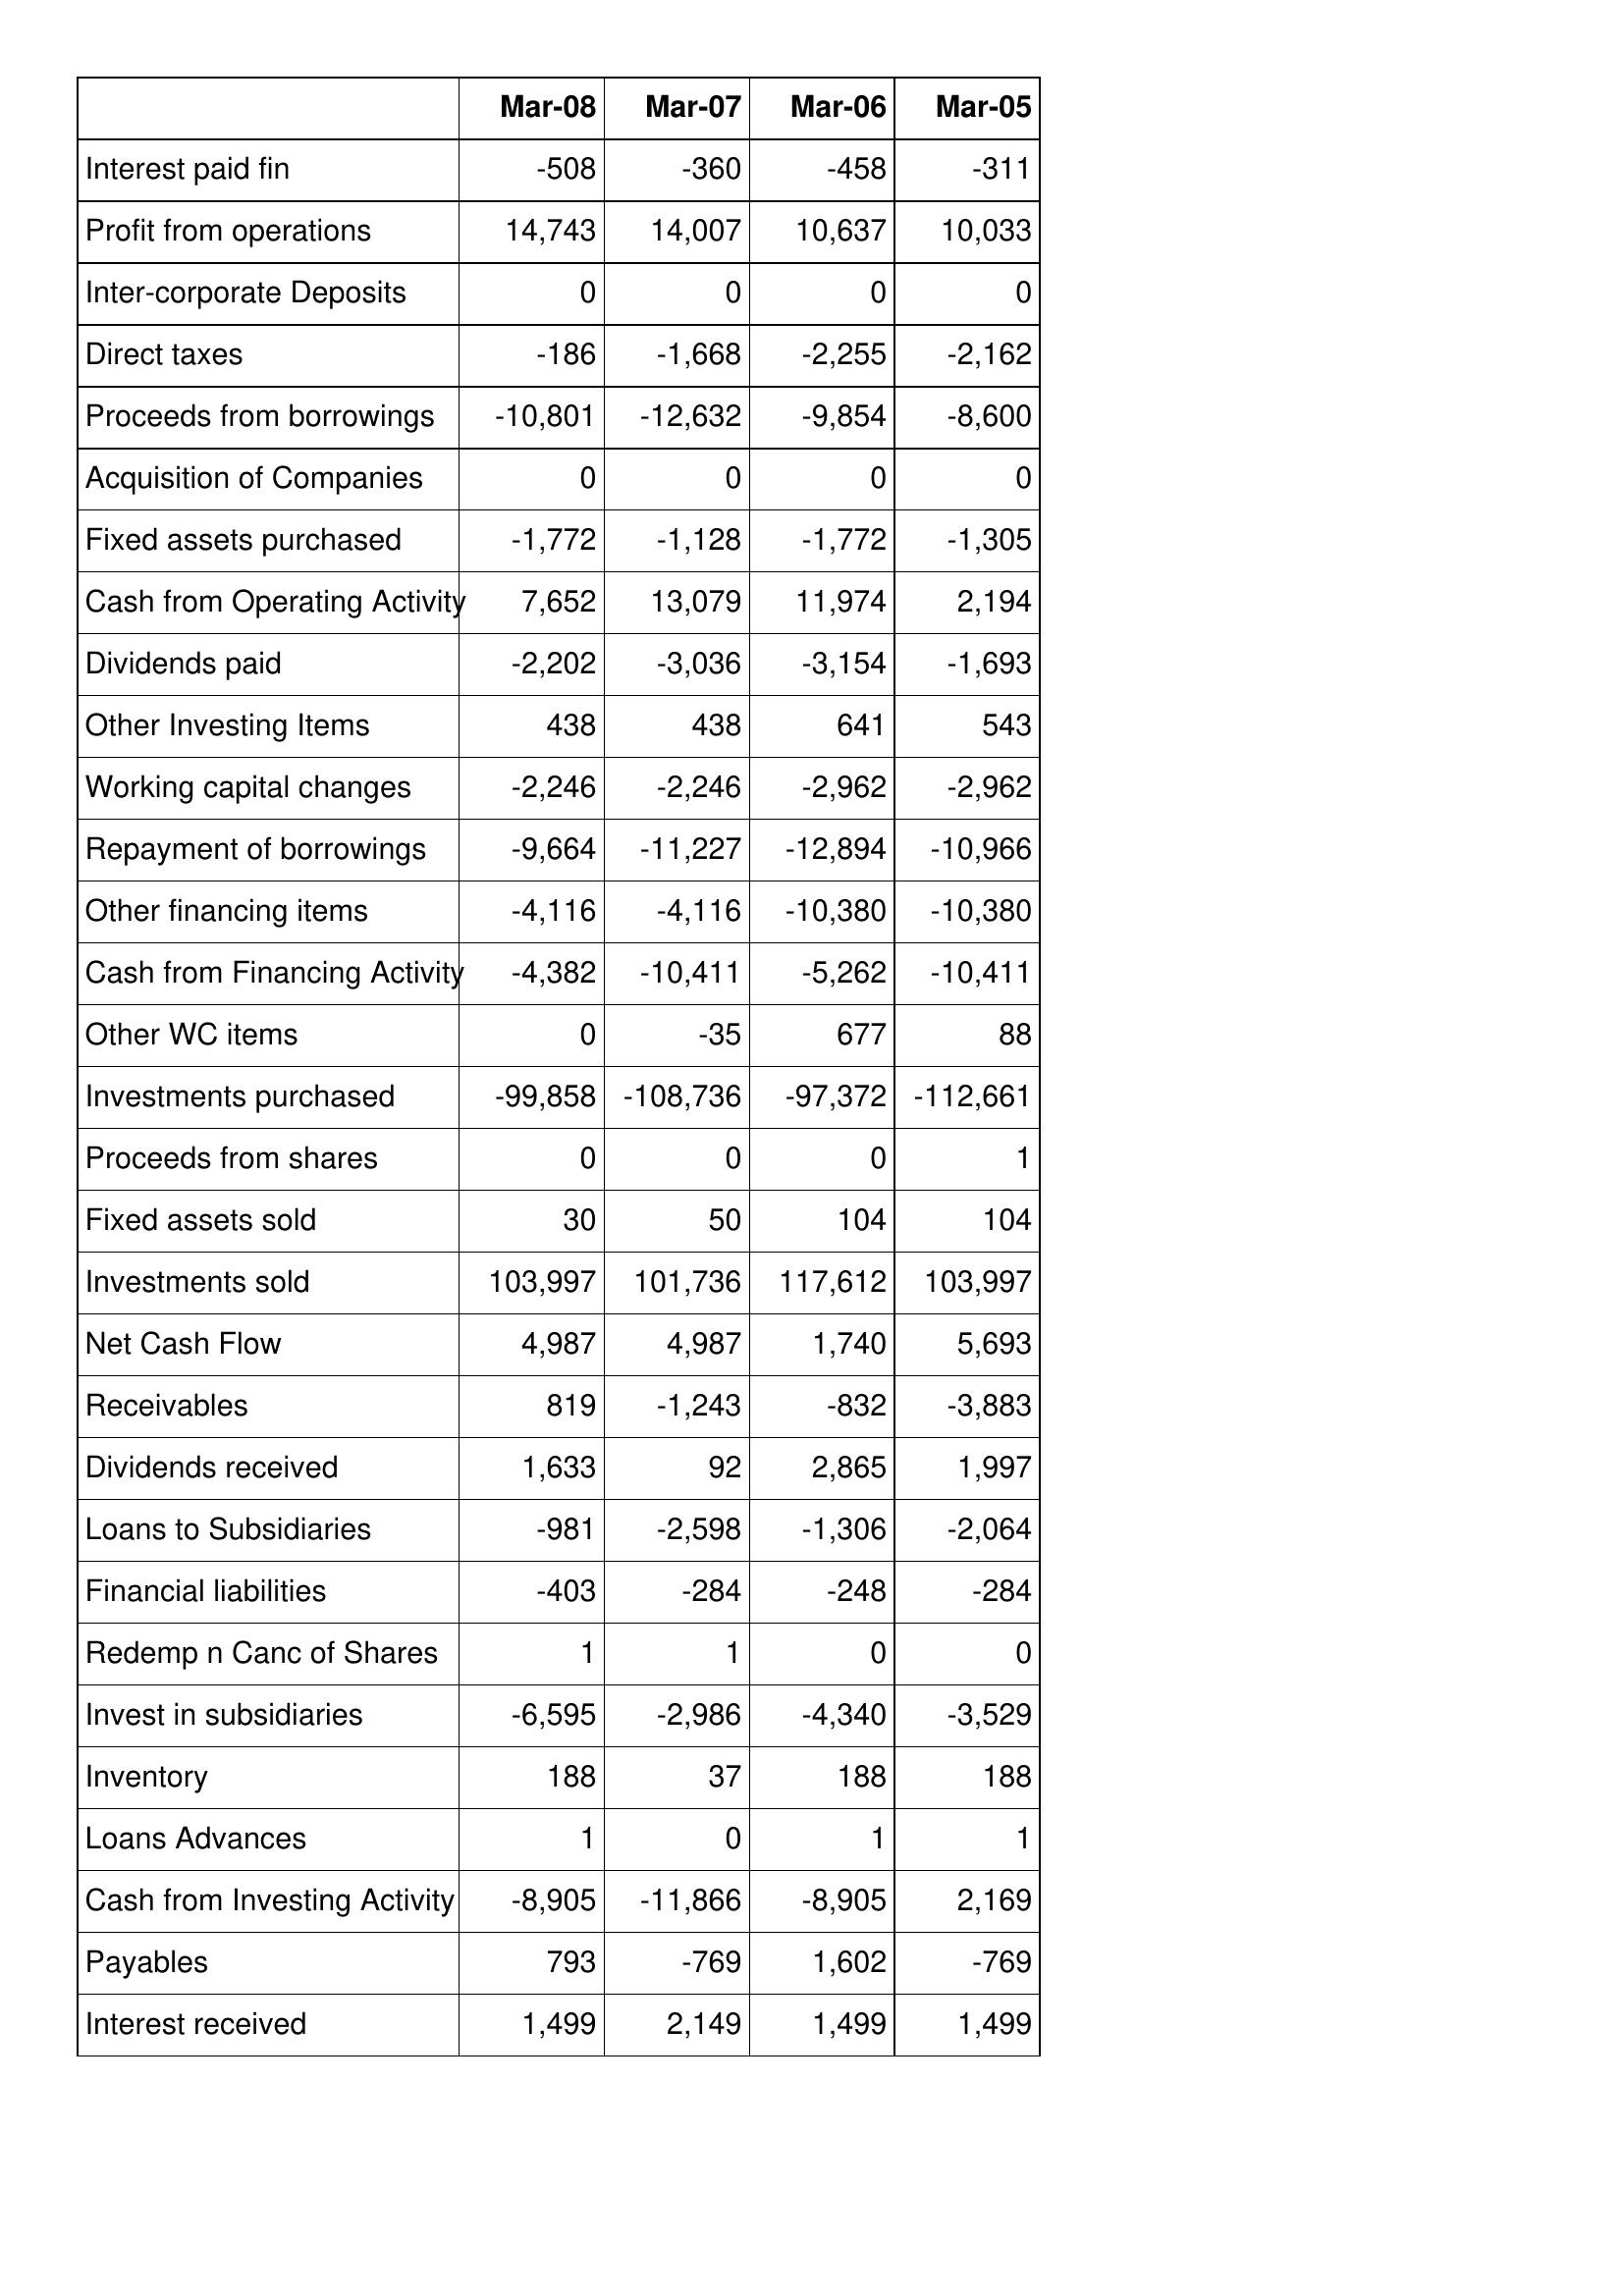
Mar-08: Cash Flows: Interest paid fin: -508
Profit from operations: 14,743
Inter-corporate Deposits: 0
Direct taxes: -186
Proceeds from borrowings: -10,801
Acquisition of Companies: 0
Fixed assets purchased: -1,772
Cash from Operating Activity: 7,652
Dividends paid: -2,202
Other Investing Items: 438
Working capital changes: -2,246
Repayment of borrowings: -9,664
Other financing items: -4,116
Cash from Financing Activity: -4,382
Other WC items: 0
Investments purchased: -99,858
Proceeds from shares: 0
Fixed assets sold: 30
Investments sold: 103,997
Net Cash Flow: 4,987
Receivables: 819
Dividends received: 1,633
Loans to Subsidiaries: -981
Financial liabilities: -403
Redemp n Canc of Shares: 1
Invest in subsidiaries: -6,595
Inventory: 188
Loans Advances: 1
Cash from Investing Activity: -8,905
Payables: 793
Interest received: 1,499
Mar-07: Cash Flows: Interest paid fin: -360
Profit from operations: 14,007
Inter-corporate Deposits: 0
Direct taxes: -1,668
Proceeds from borrowings: -12,632
Acquisition of Companies: 0
Fixed assets purchased: -1,128
Cash from Operating Activity: 13,079
Dividends paid: -3,036
Other Investing Items: 438
Working capital changes: -2,246
Repayment of borrowings: -11,227
Other financing items: -4,116
Cash from Financing Activity: -10,411
Other WC items: -35
Investments purchased: -108,736
Proceeds from shares: 0
Fixed assets sold: 50
Investments sold: 101,736
Net Cash Flow: 4,987
Receivables: -1,243
Dividends received: 92
Loans to Subsidiaries: -2,598
Financial liabilities: -284
Redemp n Canc of Shares: 1
Invest in subsidiaries: -2,986
Inventory: 37
Loans Advances: 0
Cash from Investing Activity: -11,866
Payables: -769
Interest received: 2,149
Mar-06: Cash Flows: Interest paid fin: -458
Profit from operations: 10,637
Inter-corporate Deposits: 0
Direct taxes: -2,255
Proceeds from borrowings: -9,854
Acquisition of Companies: 0
Fixed assets purchased: -1,772
Cash from Operating Activity: 11,974
Dividends paid: -3,154
Other Investing Items: 641
Working capital changes: -2,962
Repayment of borrowings: -12,894
Other financing items: -10,380
Cash from Financing Activity: -5,262
Other WC items: 677
Investments purchased: -97,372
Proceeds from shares: 0
Fixed assets sold: 104
Investments sold: 117,612
Net Cash Flow: 1,740
Receivables: -832
Dividends received: 2,865
Loans to Subsidiaries: -1,306
Financial liabilities: -248
Redemp n Canc of Shares: 0
Invest in subsidiaries: -4,340
Inventory: 188
Loans Advances: 1
Cash from Investing Activity: -8,905
Payables: 1,602
Interest received: 1,499
Mar-05: Cash Flows: Interest paid fin: -311
Profit from operations: 10,033
Inter-corporate Deposits: 0
Direct taxes: -2,162
Proceeds from borrowings: -8,600
Acquisition of Companies: 0
Fixed assets purchased: -1,305
Cash from Operating Activity: 2,194
Dividends paid: -1,693
Other Investing Items: 543
Working capital changes: -2,962
Repayment of borrowings: -10,966
Other financing items: -10,380
Cash from Financing Activity: -10,411
Other WC items: 88
Investments purchased: -112,661
Proceeds from shares: 1
Fixed assets sold: 104
Investments sold: 103,997
Net Cash Flow: 5,693
Receivables: -3,883
Dividends received: 1,997
Loans to Subsidiaries: -2,064
Financial liabilities: -284
Redemp n Canc of Shares: 0
Invest in subsidiaries: -3,529
Inventory: 188
Loans Advances: 1
Cash from Investing Activity: 2,169
Payables: -769
Interest received: 1,499